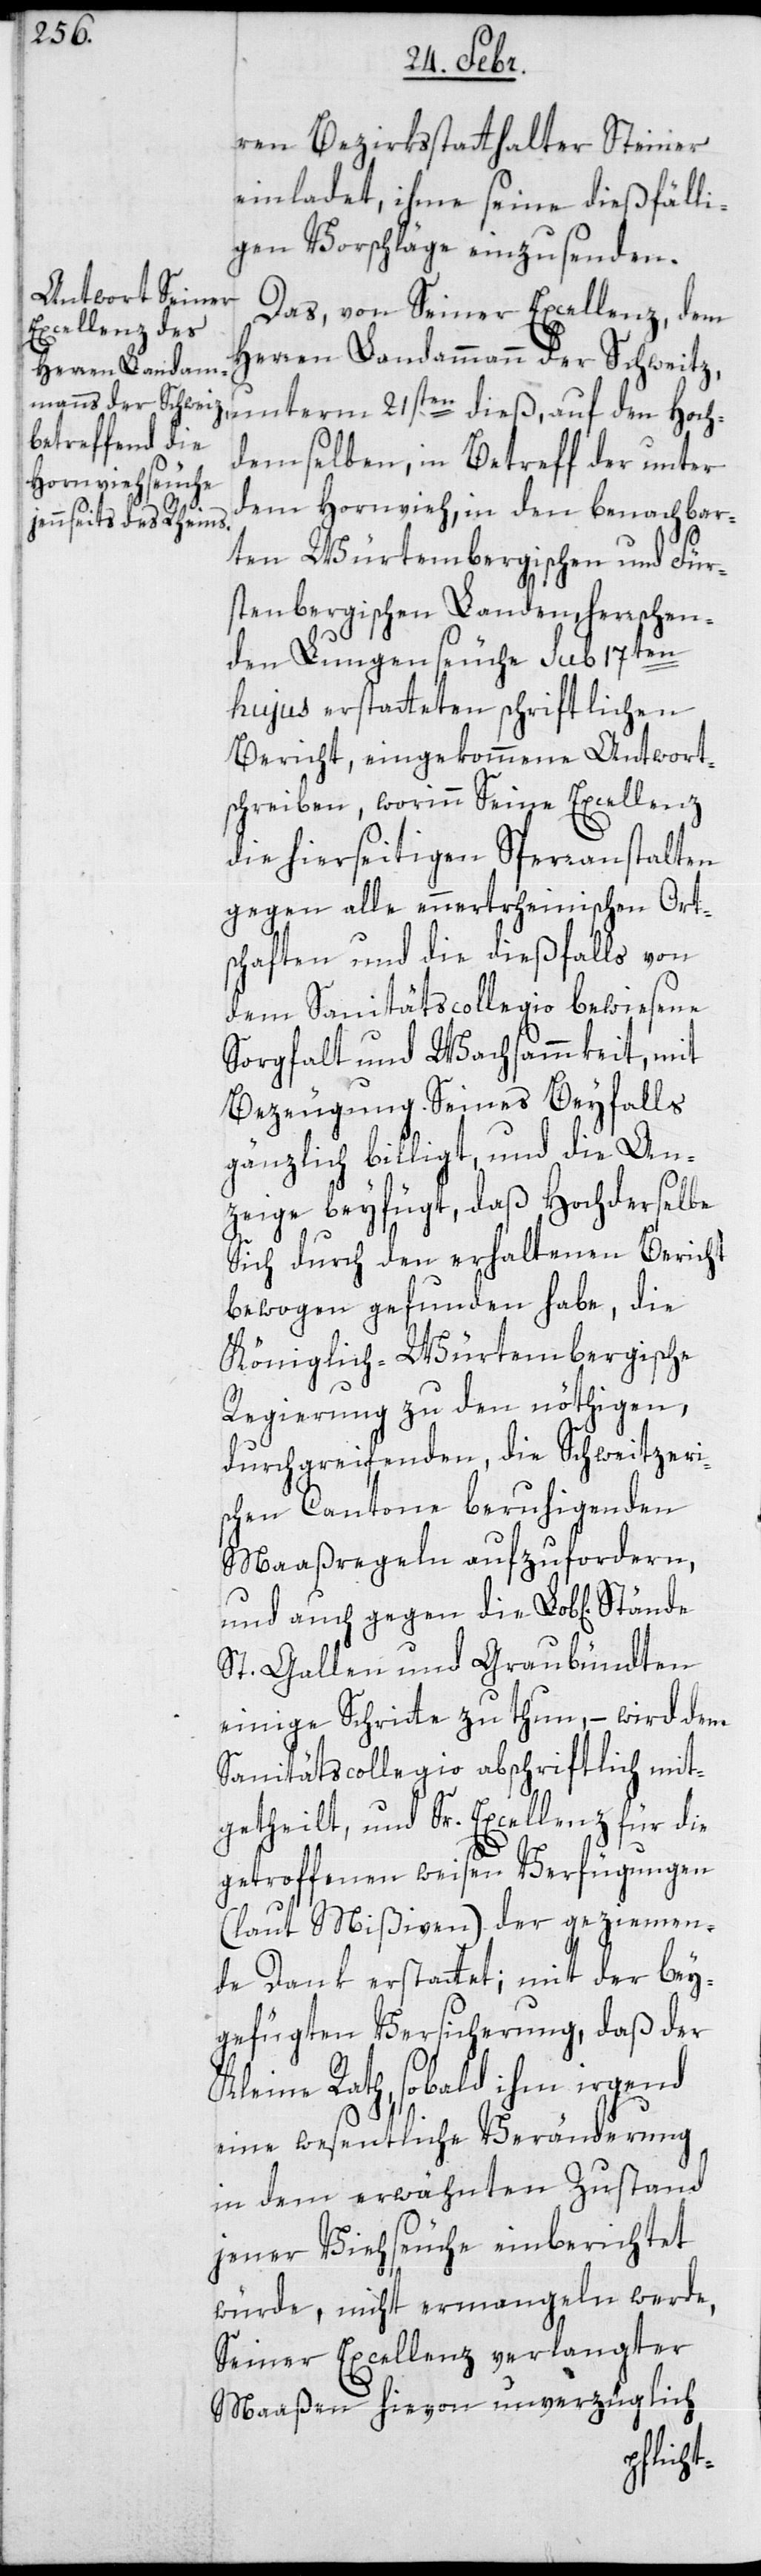
ren Bezirksstatthalter Steiner
einladet, ihme seine dießfälli¬
gen Vorschläge einzusenden.
Das von Seiner Excellenz, dem
Herren Landam¬
mann der Schweitz unterm 21sten dieß, auf den Hoch¬
demselben, in Betreff der unter
dem Hornvieh, in den benachbar¬
ten Würtembergischen und Für¬
stenbergischen Landen, herrschen¬
den Lungenseuche sub 17ten
hujus erstatteten schriftlichen
Bericht, eingekommene Antwort¬
schreiben, worinn Seine Excellenz
die hierseitigen Sperranstalten
gegen alle ennertrheinischen Ort¬
schaften und die dießfalls von
dem Sanitätscollegio bewiesene
Sorgfalt und Wachsammkeit, mit
Bezeugung seines Beyfalls
gänzlich billigt, und die An¬
zeige beyfügt, daß Hochderselbe
sich durch den erhaltenen Bericht
bewogen gefunden habe, die
Königlich-Würtembergische
Regierung zu den nöthigen
durchgreifenden, die Schweitzeri¬
schen Cantone beruhigenden
Maaßregeln aufzufordern,
und auch gegen die Lob[lichen]
St. Gallen und Graubündten
einige Schritte zu thun, – wird dem
Sanitätscollegio abschriftlich mit¬
getheilt, und Sr. Excellenz für die
getroffenen weisen Verfügungen
(laut Mißiven) der geziemen¬
de Dank erstattet; mit der bey¬
gefügten Versicherung, daß der
Kleine Rath, sobald ihm irgend
eine wesentliche Veränderung
in dem erwähnten Zustand
jener Viehseuche einberichtet
würde, nicht ermangeln werde,
Seiner Excellenz verlangter
Maaßen hievon unverzüglich